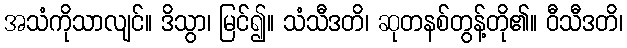
အသံကိုသာလျင်။ ဒိသွာ၊ မြင်၍။ သံသီဒတိ၊ ဆုတနစ်တွန့်တို၏။ ဝီသီဒတိ၊